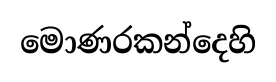
මොණරකන්දෙහි